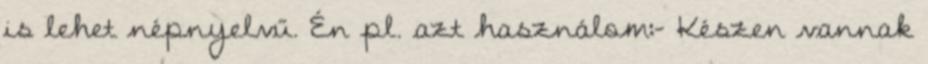
is lehet népnyelvű. Én pl. azt használom:- Készen vannak